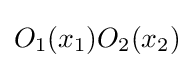
O_{1}(x_{1})O_{2}(x_{2})